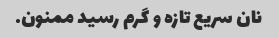
نان سریع تازه و گرم رسید ممنون.